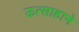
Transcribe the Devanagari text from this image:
ऊत्साहाने